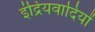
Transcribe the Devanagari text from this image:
इंद्रियवादियों